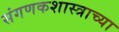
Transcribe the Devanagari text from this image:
संगणकशास्त्राच्या